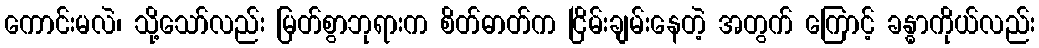
ကောင်းမလဲ၊ သို့သော်လည်း မြတ်စွာဘုရားက စိတ်ဓာတ်က ငြိမ်းချမ်းနေတဲ့ အတွက် ကြောင့် ခန္ဓာကိုယ်လည်း